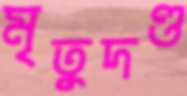
মৃতুদণ্ড